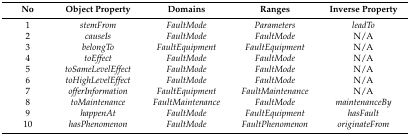
| No | Object Property | Domains | Ranges | Inverse Property |
 | --- | --- | --- | --- | --- |
 | 1 | stemFrom | FaultMode | Parameters | leadTo |
 | 2 | causeIs | FaultMode | FaultMode | N/A |
 | 3 | belongTo | FaultEquipment | FaultEquipment | N/A |
 | 4 | toEffect | FaultMode | FaultMode | N/A |
 | 5 | toSameLevelEffect | FaultMode | FaultMode | N/A |
 | 6 | toHighLevelEffect | FaultMode | FaultMode | N/A |
 | 7 | offerInformation | FaultEquipment | FaultMaintenance | N/A |
 | 8 | toMaintenance | FaultMaintenance | FaultMode | maintenanceBy |
 | 9 | happenAt | FaultMode | FaultEquipment | hasFault |
 | 10 | hasPhenomenon | FaultMode | FaultPhenomenon | originateFrom |